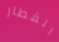
القطار